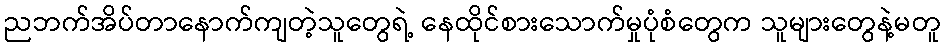
ညဘက်အိပ်တာနောက်ကျတဲ့သူတွေရဲ့ နေထိုင်စားသောက်မှုပုံစံတွေက သူများတွေနဲ့မတူ